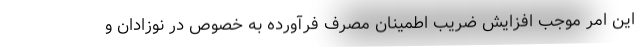
این امر موجب افزایش ضریب اطمینان مصرف فرآورده به خصوص در نوزادان و